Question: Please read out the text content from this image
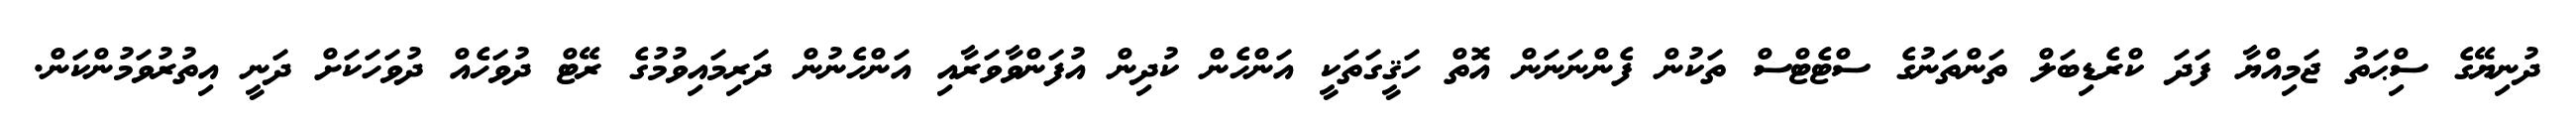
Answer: ދުނިޔޭގެ ސިްޙަތު ޖަމިއްޔާ ފަދަ ކްރެޑިބަލް ތަންތަނުގެ ސްޓެޓްސް ތަކުން ފެންނަނަން އޮތް ހަޤީގަތަކީ އަންހެން ކުދިން އުފަންވާވަރާއި އަންހެނުން ދަރިމައިވުމުގެ ރޭޓް ދުވަހެއް ދުވަހަކަށް ދަނީ އިތުރުވަމުންކަން.